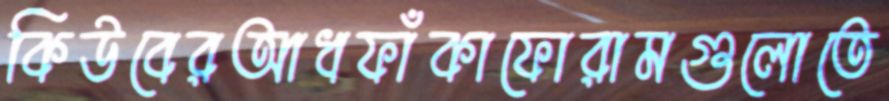
কিউবেরআধফাঁকাফোরামগুলোতে